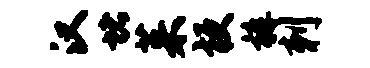
汉堵茱梗裤刺